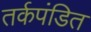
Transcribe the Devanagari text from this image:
तर्कपंडित